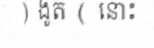
) ងូត ( នោះ